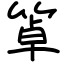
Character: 䈇